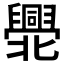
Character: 𠤫